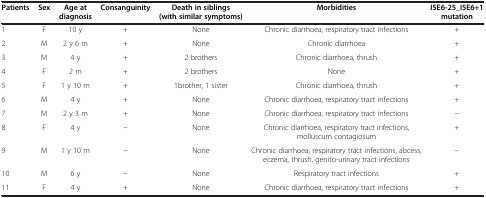
<table><thead><tr><td><b>Patients</b></td><td><b>Sex</b></td><td><b>Age at diagnosis</b></td><td><b>Consanguinity</b></td><td><b>Death in siblings (with similar symptoms)</b></td><td><b>Morbidities</b></td><td><b>I5E6-25_I5E6+1 mutation</b></td></tr></thead><tbody><tr><td>1</td><td>F</td><td>10 y</td><td>+</td><td>None</td><td>Chronic diarrhoea, respiratory tract infections</td><td>+</td></tr><tr><td>2</td><td>M</td><td>2 y 6 m</td><td>+</td><td>None</td><td>Chronic diarrhoea</td><td>+</td></tr><tr><td>3</td><td>M</td><td>4 y</td><td>+</td><td>2 brothers</td><td>Chronic diarrhoea, thrush</td><td>+</td></tr><tr><td>4</td><td>F</td><td>2 m</td><td>+</td><td>2 brothers</td><td>None</td><td>+</td></tr><tr><td>5</td><td>F</td><td>1 y 10 m</td><td>+</td><td>1brother, 1 sister</td><td>Chronic diarrhoea, thrush</td><td>+</td></tr><tr><td>6</td><td>M</td><td>4 y</td><td>+</td><td>None</td><td>Chronic diarrhoea, respiratory tract infections</td><td>+</td></tr><tr><td>7</td><td>M</td><td>2 y 3 m</td><td>+</td><td>None</td><td>Chronic diarrhoea, respiratory tract infections</td><td>−</td></tr><tr><td>8</td><td>F</td><td>4 y</td><td>−</td><td>None</td><td>Chronic diarrhoea, respiratory tract infections, molluscum contagiosum</td><td>+</td></tr><tr><td>9</td><td>M</td><td>1 y 10 m</td><td>−</td><td>None</td><td>Chronic diarrhoea, respiratory tract infections, abcess, eczema, thrush, genito-urinary tract infections</td><td>−</td></tr><tr><td>10</td><td>M</td><td>6 y</td><td>−</td><td>None</td><td>Respiratory tract infections</td><td>+</td></tr><tr><td>11</td><td>F</td><td>4 y</td><td>+</td><td>None</td><td>Chronic diarrhoea, respiratory tract infections</td><td>+</td></tr></tbody></table>